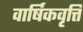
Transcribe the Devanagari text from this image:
वार्षिकवृत्ति